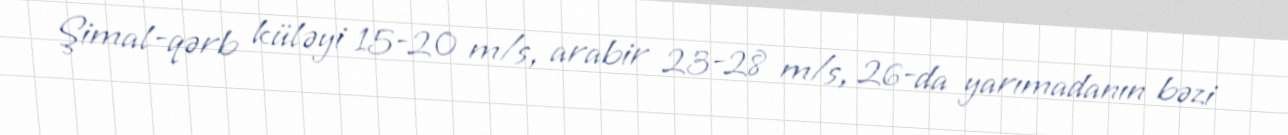
Şimal-qərb küləyi 15-20 m/s, arabir 23-28 m/s, 26-da yarımadanın bəzi